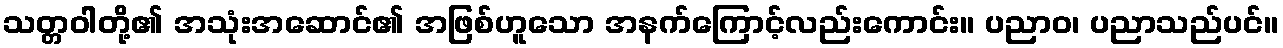
သတ္တဝါတို့၏ အသုံးအဆောင်၏ အဖြစ်ဟူသော အနက်ကြောင့်လည်းကောင်း။ ပညာဝ၊ ပညာသည်ပင်။